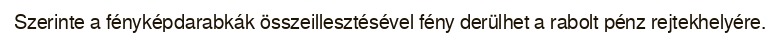
Szerinte a fényképdarabkák összeillesztésével fény derülhet a rabolt pénz rejtekhelyére.